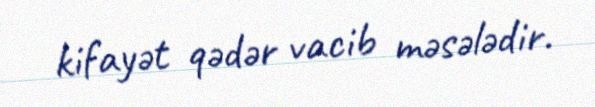
kifayət qədər vacib məsələdir.